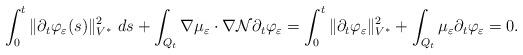
LaTeX: \begin{align*} \int_0^t \| \partial_t\varphi_{\varepsilon}(s) \|^2_{V^*} \ ds + \int_{Q_t} \nabla \mu_{\varepsilon} \cdot \nabla \mathcal{N} \partial_t\varphi_{\varepsilon} = \int_0^t \| \partial_t\varphi_{\varepsilon} \|^2_{V^*} + \int_{Q_t} \mu_{\varepsilon} \partial_t\varphi_{\varepsilon} = 0.\end{align*}